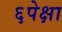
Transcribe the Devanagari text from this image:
६पेक्षा